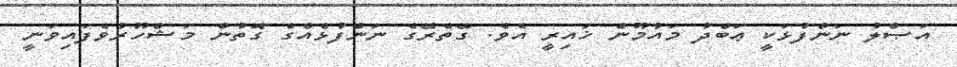
އަޞްލު ނަންފުޅަކީ ޢަބްދު މައުމޫން ޚައިރީ އެވެ. ގޭތެރޭގެ ނަންފުޅެއްގެ ގޮތުން މަޝްހޫރުވެފައިވަނީ